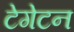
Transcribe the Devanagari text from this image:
टेगेटन